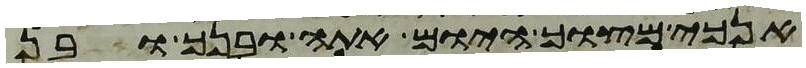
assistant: אנכי מצוך היום אתה ובנך ובן